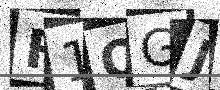
Text: F1OGJW